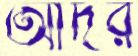
আদর